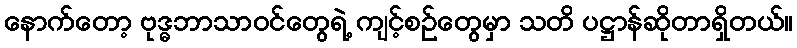
နောက်တော့ ဗုဒ္ဓဘာသာဝင်တွေရဲ့ ကျင့်စဉ်တွေမှာ သတိ ပဋ္ဌာန်ဆိုတာရှိတယ်။